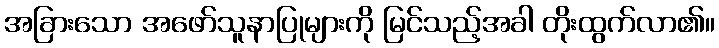
အခြားသော အဖော်သူနာပြုများကို မြင်သည့်အခါ တိုးထွက်လာ၏။